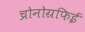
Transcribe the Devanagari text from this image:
च्रोनोग्रफिई